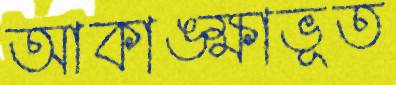
আকাঙ্ক্ষাভূত